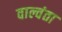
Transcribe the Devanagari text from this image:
वाल्वंता